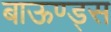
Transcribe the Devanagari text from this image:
बाऊण्ड्स